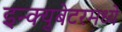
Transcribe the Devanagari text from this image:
इन्क्युबेटरमध्ये